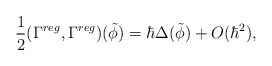
\begin{align*}\frac12 (\Gamma^{reg},\Gamma^{reg})(\tilde \phi)=\hbar \Delta(\tilde \phi) + O(\hbar^2),\end{align*}